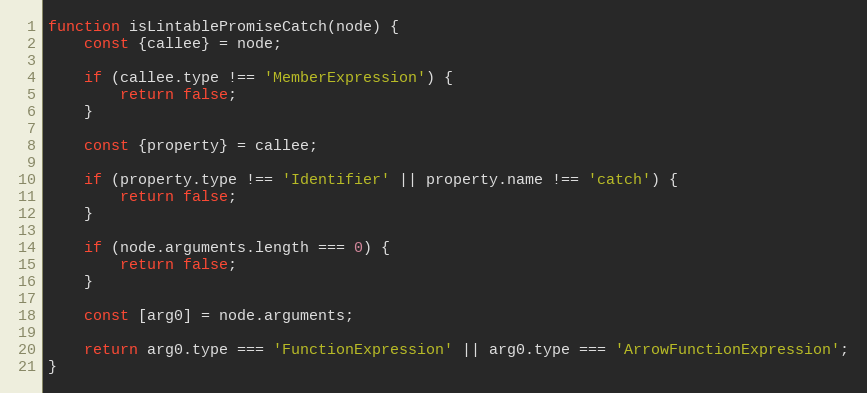
Language: JavaScript
function isLintablePromiseCatch(node) {
	const {callee} = node;

	if (callee.type !== 'MemberExpression') {
		return false;
	}

	const {property} = callee;

	if (property.type !== 'Identifier' || property.name !== 'catch') {
		return false;
	}

	if (node.arguments.length === 0) {
		return false;
	}

	const [arg0] = node.arguments;

	return arg0.type === 'FunctionExpression' || arg0.type === 'ArrowFunctionExpression';
}